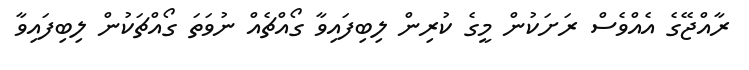
ރާއްޖޭގެ އެއްވެސް ރަށަކުން މީގެ ކުރިން ލިބިފައިވާ ގޯއްޗެއް ނުވަތަ ގޯއްޗަކުން ލިބިފައިވާ